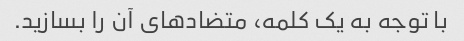
با توجه به یک کلمه، متضادهای آن را بسازید.